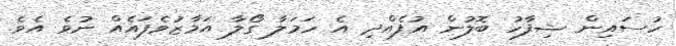
ހުސައިން ޝިފާހު ބޮލުން އުފެއްދި އެ ހަމަލާ ގޯލާ އަމާޒުވެފައެއް ނުވެ އެވެ.